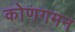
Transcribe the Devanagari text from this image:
कोणगमन